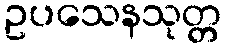
ဥပသေနသုတ္တ